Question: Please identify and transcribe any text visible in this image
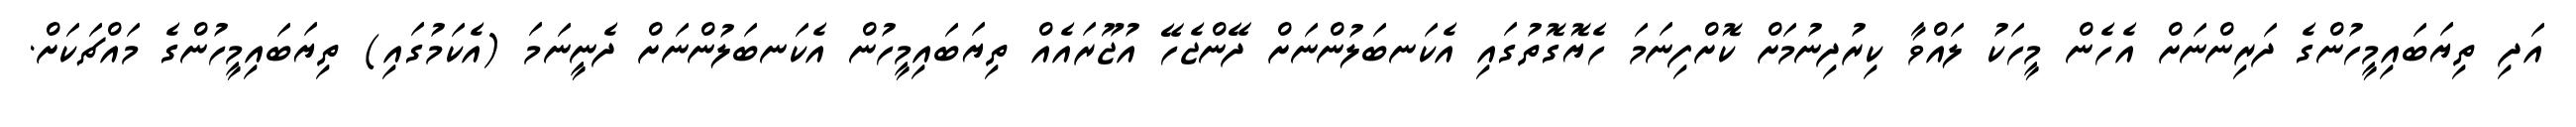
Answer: އަދި ތިޔަބައިމީހުންގެ ދަރިންނަށް އެހެން މީހަކު ލައްވާ ކިރުދިނުމަށް ކޮށްފިނަމަ ހެޔޮގޮތުގައި އެކަނބަލުންނަށް ދޭންޖެހޭ އުޖޫރައެއް ތިޔަބައިމީހުން އެކަނބަލުންނަށް ދެނީނަމަ (އެކަމުގައި) ތިޔަބައިމީހުންގެ މައްޗަކަށް.